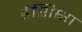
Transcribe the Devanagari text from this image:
हैशिक्षा